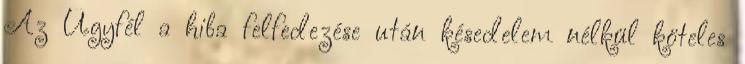
Az Ügyfél a hiba felfedezése után késedelem nélkül köteles